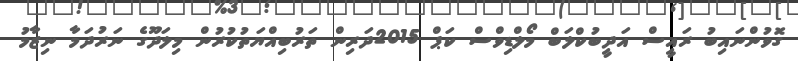
ގޮވުންނައިބު ރައީސް އަދީބުކްލަބް މޯލްޑިވްސް ކަޕް 2015ދަރިން ތަރުބިއްޔަތުކުރުން މިލަދޫގެ ނަރުދަމާ ނިޒާމު